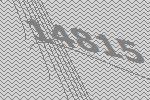
14815